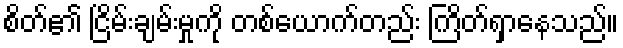
စိတ်၏ ငြိမ်းချမ်းမှုကို တစ်ယောက်တည်း ကြိတ်ရှာနေသည်။